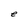
Character: e